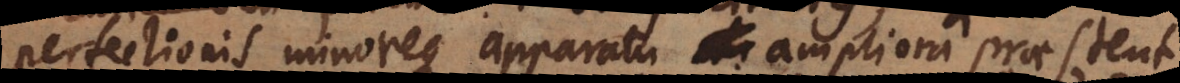
perfectionis minoreque apparatu ampliora praestent